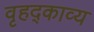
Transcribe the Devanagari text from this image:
वृहद्काव्य